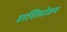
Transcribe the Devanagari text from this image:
शशिमोहन